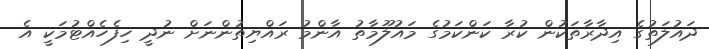
ދައުލަތުގެ އިދާރާތަކުން ކުރާ ކަންކަމުގެ މައުލޫމާތު އާންމު ރައްޔިތުންނަށް ނުދީ ހިފެހެއްޓުމަކީ އެ